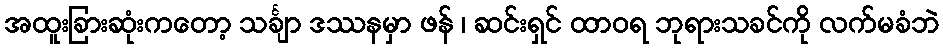
အထူးခြားဆုံးကတော့ သင်္ချာ ဒဿနမှာ ဖန် ၊ ဆင်းရှင် ထာဝရ ဘုရားသခင်ကို လက်မခံဘဲ